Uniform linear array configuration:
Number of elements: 16
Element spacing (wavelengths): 1
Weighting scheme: blackman
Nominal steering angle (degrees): -45
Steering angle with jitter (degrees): -45.347
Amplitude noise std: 0.05
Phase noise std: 0.05

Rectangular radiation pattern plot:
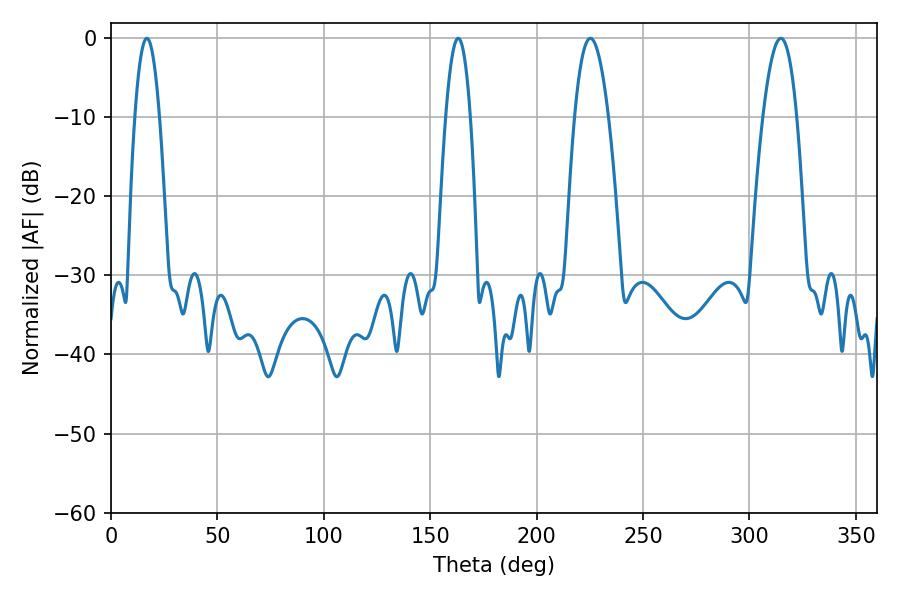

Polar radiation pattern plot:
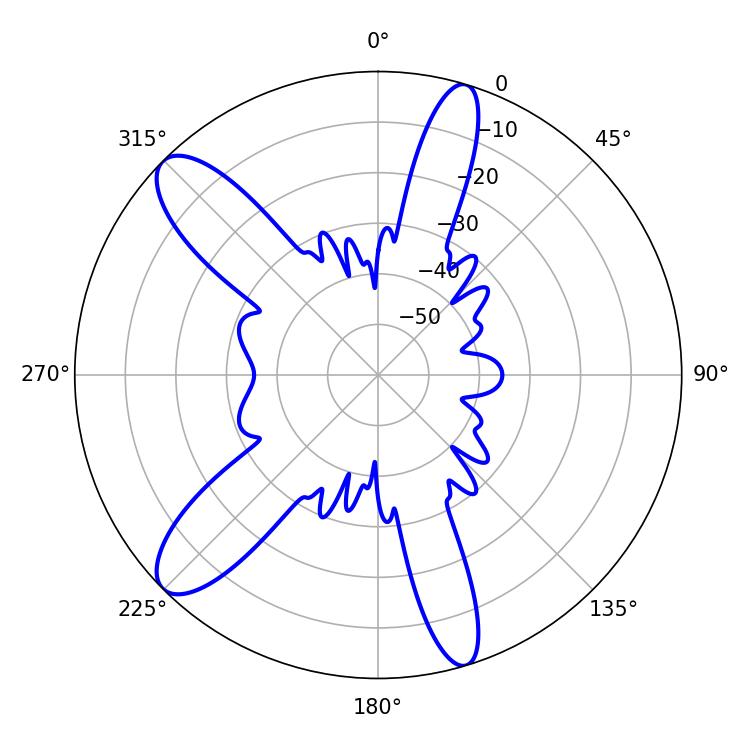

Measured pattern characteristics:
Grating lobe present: TRUE
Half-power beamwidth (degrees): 8.82
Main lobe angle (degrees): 225.18